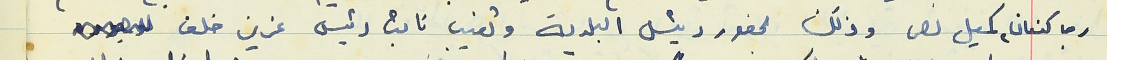
رجا كنعان، كميل نصر وذلك بحضور رئيس البلدية وتغيب نائب رئيس عزيز خلف